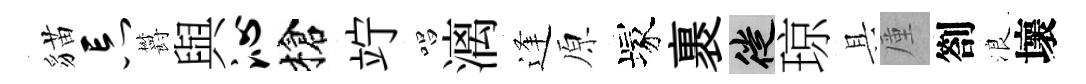
貓忘欝與沁槍竚唱漓逢原塚裹徙琼具厪劄浪壞